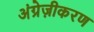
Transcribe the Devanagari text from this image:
अंग्रेज़ीकरण